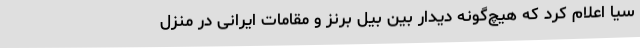
سیا اعلام کرد که هیچ‌گونه دیدار بین بیل برنز و مقامات ایرانی در منزل